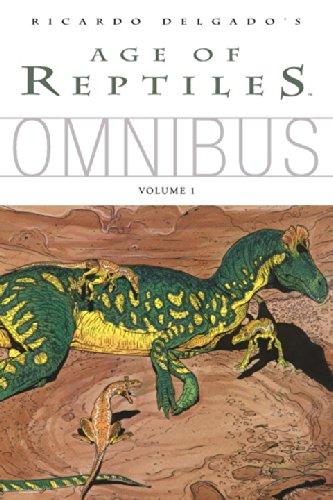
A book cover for Age of Reptiles Omnibus, Vol. 1; Ricardo Delgado; Comics & Graphic Novels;